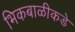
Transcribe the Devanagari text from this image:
भिकबाळीकडे